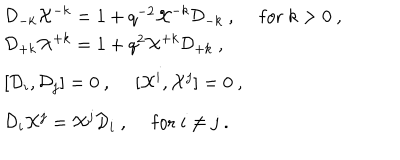
\begin{array} { l } { { { \cal D } _ { - k } { \cal X } ^ { - k } = 1 + q ^ { - 2 } { \cal X } ^ { - k } { \cal D } _ { - k } ~ , ~ ~ \mathrm { f o r } ~ k > 0 ~ , } } \\ { { { \cal D } _ { + k } { \cal X } ^ { + k } = 1 + q ^ { 2 } { \cal X } ^ { + k } { \cal D } _ { + k } ~ , } } \\ { { [ { \cal D } _ { i } , { \cal D } _ { j } ] = 0 ~ , ~ ~ [ { \cal X } ^ { i } , { \cal X } ^ { j } ] = 0 ~ , } } \\ { { { \cal D } _ { i } { \cal X } ^ { j } = { \cal X } ^ { j } { \cal D } _ { i } ~ , ~ ~ \mathrm { f o r } ~ i \not = j ~ . } } \\ \end{array}